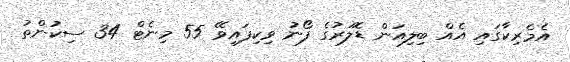
އެމެރިކާގައި އެއް ބިލިއަން ޑޮލަރުގެ ފޯނު ވިކިފައިވޭ 55 މިނެޓް 34 ސިކުންތު